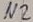
Text: N2